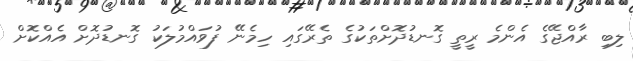
ލިބި ރާއްޖޭގެ އެންމެ ރީތީ ގޮނޑުދޮށްތަަކުގެ ތެރޭގައި ހިމެނޭ ފުވައްމުލަކު ގޮނޑުދޮށް އެއްކޮށް